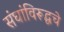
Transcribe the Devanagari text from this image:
संघांविरूद्धचे